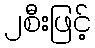
၂စီးဖြင့်